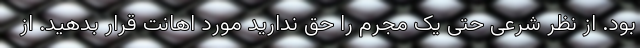
بود. از نظر شرعی حتی یک مجرم را حق ندارید مورد اهانت قرار بدهید. از